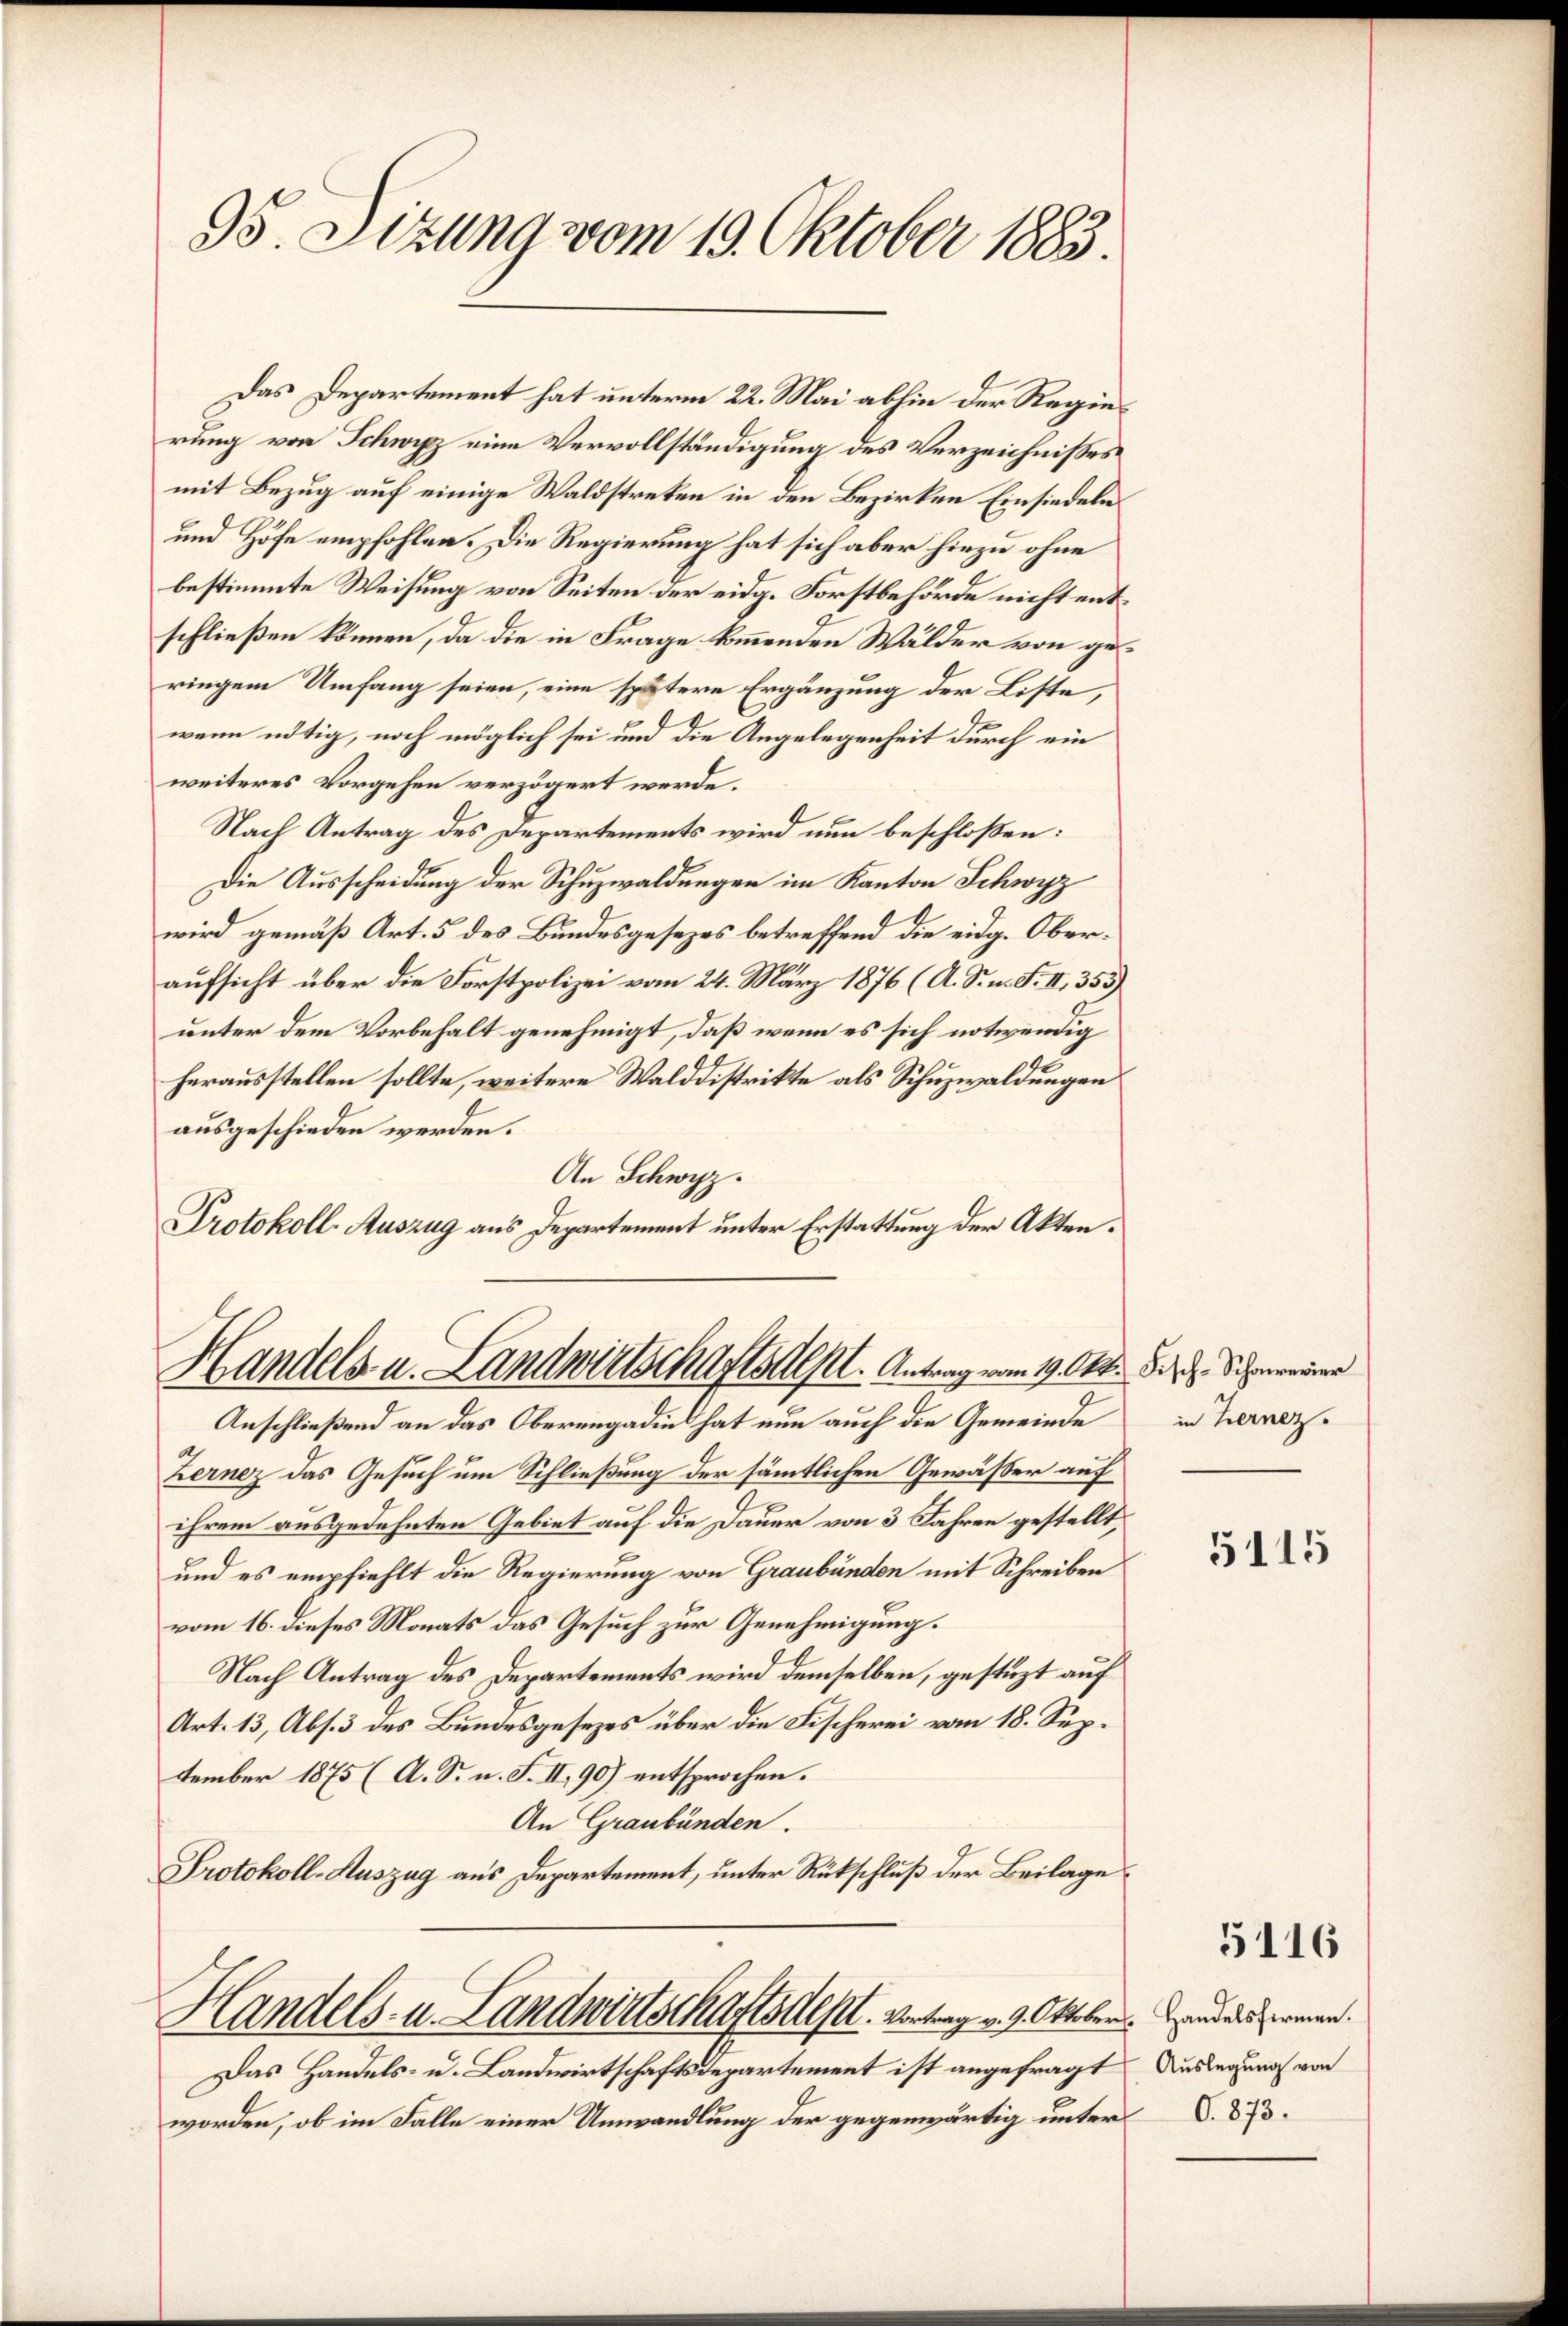
95. Sezung vom 19. Oktober 1883.

Das Departement hat unterm 22. Mai abhin der Regierung von Schwyz eine Vervollständigung des Verzeichnisses
mit Bezug auf einige Waldstreken in den Bezirken Einsiedeln
und Höfe empfohlen. Die Regierung hat sich aber hiezu ohne
bestimmte Weisung von Seiten der eidg. Forstbehörde nicht entschließen können, da die in Frage kommenden Wälder von geringem Umfang seien, eine spätere Ergänzung der Liste,
wenn nötig, noch möglich sei und die Angelegenheit durch ein
weiteres Vorgehen verzögert werde.
Nach Antrag des Departements wird nun beschloßen:
Die Ausscheidung der Schuzwaldungen im Kanton Schwyz
wird gemäß Art. 5 des Bundesgesezes betreffend die eidg. Oberaufsicht über die Forstpolizei vom 24. März 1876 (A. S. n. F. II., 355).
unter dem Vorbehalt genehmigt, daß wenn es sich notwendig
herausstellen sollte, weitere Walddistrikte als Schuzwaldungen
ausgeschieden werden.
An Schwyz.
Protokoll-Auszug aus Departement unter Erstattung der Akten.

Handels u. Landwirtschaftsteht. Antrag vom 19. Okt. B. Schwerer

Handels- u. Landwirtschaftsdest. Vortrag v. 9. Oktober anders ermen.

Anschließend an das Oberengadies hat nun auch die Gemeinde
Lernez das Gesuch um Schließung der sämmtlichen Gewässer auf
ihrem ausgedehnten Gebiet auf die Dauer von 3 Jahren gestellt,
und es empfiehlt die Regierung von Graubünden mit Schreiben
vom 16. dieses Monats das Gesuch zur Genehmigung.
Nach Antrag des Departements wird demselben, gestüzt auf
Art. 13, Abs. 3 des Bundesgesezes über die Fischerei vom 18. September 1875 (A. S. n. F. II, 90) entsprochen.
An Graubünden.
Protokoll-Auszug aus Departement, unter Rückschluß der Beilage

Das Handels- u. Landwirtschaftsdepartement ist angefragt Auslegung von
worden, ob im Falle einer Umwandlung der gegenwärtig unter S. 873.

in hernez.

5115

5116